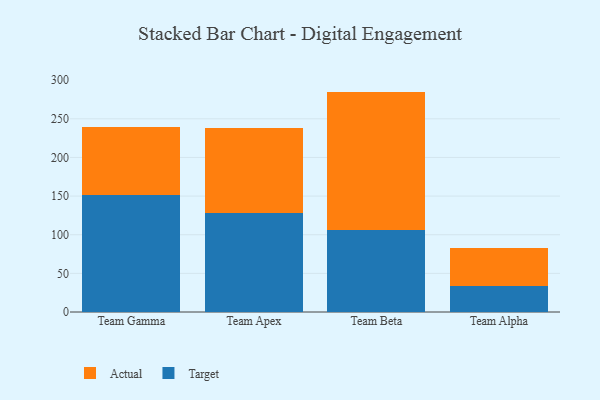
{"axis": {"x": "Team", "y": "Humidity (%)"}, "legend": ["Actual", "Target"], "data": [{"x": "Team Gamma", "y": 151.2, "type": "Target"}, {"x": "Team Gamma", "y": 88.3, "type": "Actual"}, {"x": "Team Apex", "y": 127.8, "type": "Target"}, {"x": "Team Apex", "y": 110.0, "type": "Actual"}, {"x": "Team Beta", "y": 106.5, "type": "Target"}, {"x": "Team Beta", "y": 178.7, "type": "Actual"}, {"x": "Team Alpha", "y": 33.3, "type": "Target"}, {"x": "Team Alpha", "y": 49.4, "type": "Actual"}]}